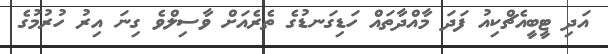
އަދި ޓީބީއެޗްކިއު ފަދަ މާއްދާތައް ހަޑިގަނޑުގެ ތެރެއަށް ވާސިލްވެ ގިނަ އިރު ހުރުމުގެ